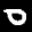
Digit: 0